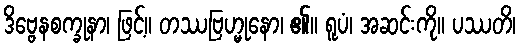
ဒိဗ္ဗေနစက္ခုနာ၊ ဖြင့်။ တဿဗြဟ္မုနော၊ ၏။ ရူပံ၊ အဆင်းကို။ ပဿတိ၊